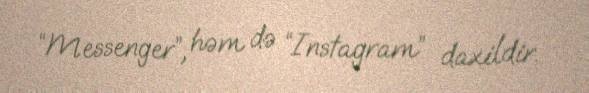
“Messenger”, həm də “Instagram” daxildir.